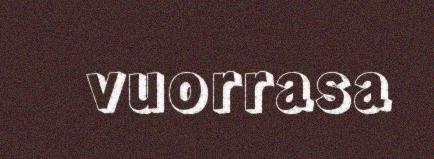
vuorrasa